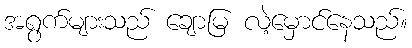
အရွက်များသည် ချောမြ လဲ့မှောင်နေသည်။